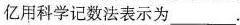
亿用科学记数法表示为___。